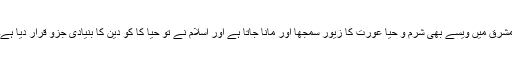
مشرق میں ویسے بھی شرم و حیا عورت کا زیور سمجھا اور مانا جاتا ہے اور اسلام نے تو حیا کا کو دین کا بنیادی جزو قرار دیا ہے۔